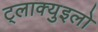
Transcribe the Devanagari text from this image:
ट्लाक्युइलो